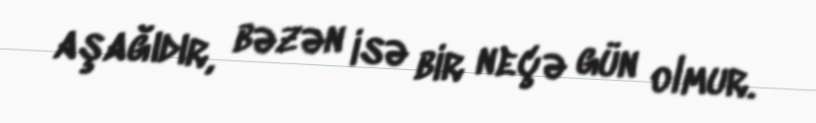
aşağıdır, bəzən isə bir neçə gün olmur.